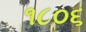
૧૮૦૬